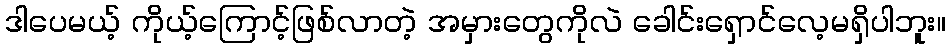
ဒါပေမယ့် ကိုယ့်ကြောင့်ဖြစ်လာတဲ့ အမှားတွေကိုလဲ ခေါင်းရှောင်လေ့မရှိပါဘူး။